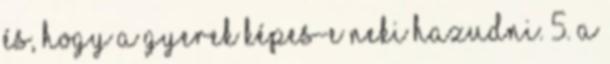
és, hogy a gyerek képes-e neki hazudni. 5. A